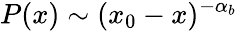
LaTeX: P(x)\sim(x_{0}-x)^{-\alpha_{b}}